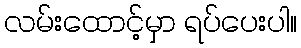
လမ်းထောင့်မှာ ရပ်ပေးပါ။